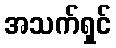
အသက်ရှင်